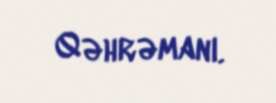
Qəhrəmanı.